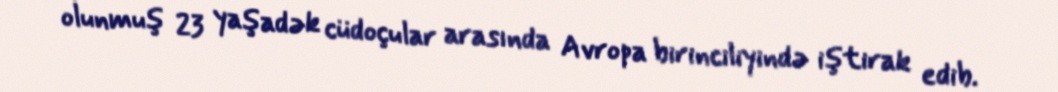
olunmuş 23 yaşadək cüdoçular arasında Avropa birinciliyində iştirak edib.